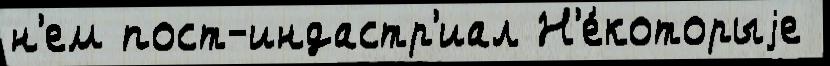
н'ем пост-индастр'иал Н'е́которыjе